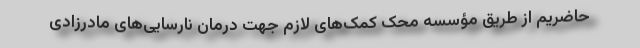
حاضریم از طریق مؤسسه محک کمک‌های لازم جهت درمان نارسایی‌های مادرزادی